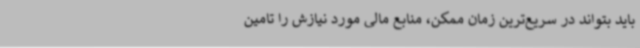
باید بتواند در سریع‌ترین زمان ممکن، منابع مالی مورد نیازش را تامین